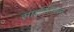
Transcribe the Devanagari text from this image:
साइक्लिकल